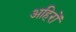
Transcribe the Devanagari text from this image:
अहिरों